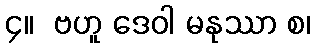
၄။  ဗဟူ ဒေဝါ မနုဿာ စ၊